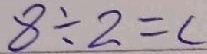
8 \div 2 = c